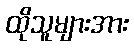
ထိုသူများအား